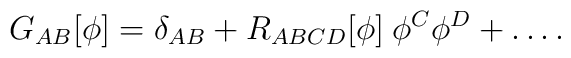
G_{AB}[\phi]=\delta_{AB} + R_{ABCD}[\phi]\:\phi^{C}\phi^{D}+ \ldots .